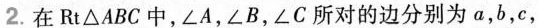
2.在Rt△ABC中，∠A，∠B，∠C所对的边分别为a，b，c，